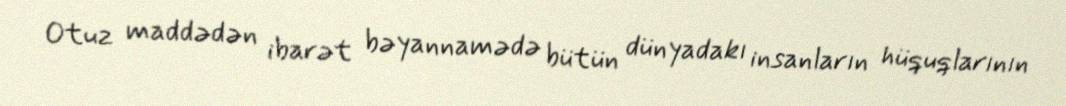
Otuz maddədən ibarət bəyannamədə bütün dünyadakı insanların hüquqlarının